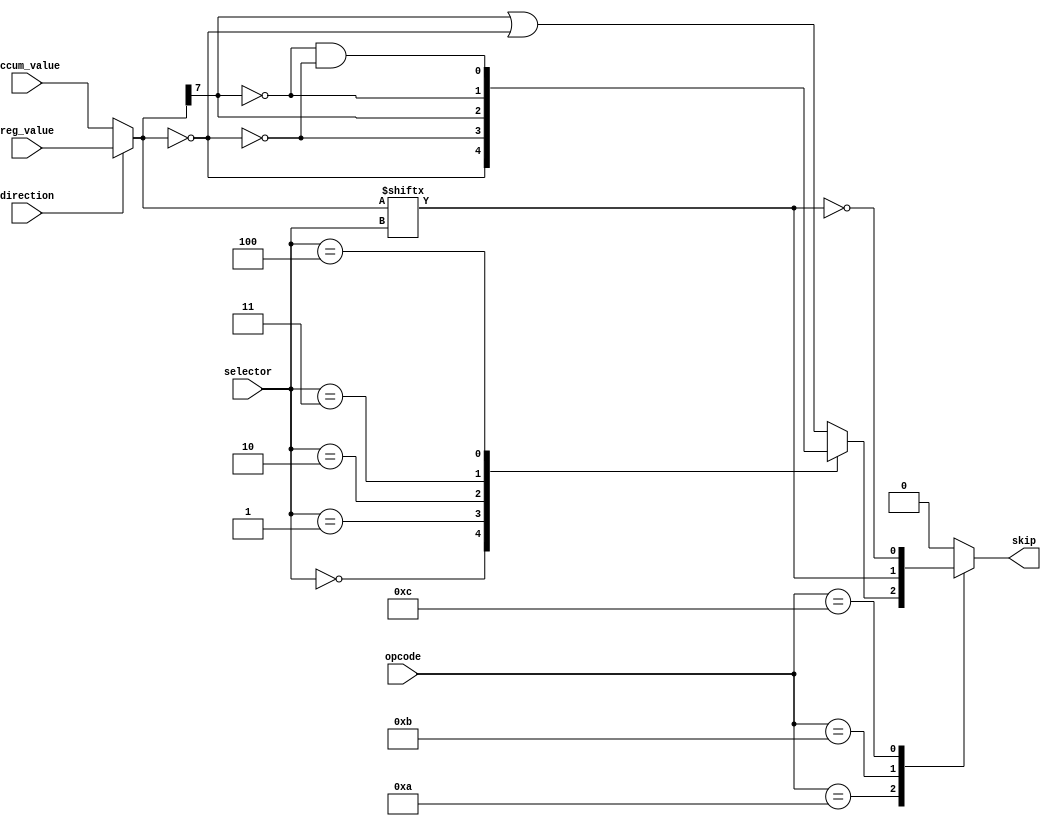
module skip_calc (
    input [3:0] opcode,
    input [7:0] reg_value,
    input [7:0] accum_value,
    input [2:0] selector,
    input direction,
    output reg skip
);

// the value we actually compare to depends on the direction
wire [7:0] used_value = (direction) ? reg_value : accum_value;

wire eqz = (used_value == 8'd0);
wire nez = !eqz;
// negative numbers have the MSB set
wire ltz = used_value[7];
// greater than is the same as not less than and not zero
wire gtz = !ltz && !eqz;
// less than or equal to: pretty self-explanatory
wire lez = ltz || eqz;
// greater than or equal to is the opposite of less than
wire gez = !ltz;

wire bs = used_value[selector];
wire bc = !bs;

always @(*) begin
    case (opcode)
        4'b1010: case (selector)
            3'b000:  skip = eqz; // skeqz
            3'b001:  skip = nez; // sknez
            3'b010:  skip = ltz; // skltz
            3'b011:  skip = gez; // skgez
            3'b100:  skip = gtz; // skgtz
            default: skip = lez; // sklez
        endcase
        // skbc
        4'b1011: skip = bs; // skbs
        4'b1100: skip = bc; // skbc
        default: skip = 1'b0;
    endcase
end

endmodule